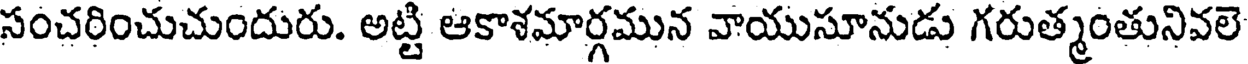
సంచరించుచుందురు. అట్టి ఆకాశమార్గమున వాయుసూనుడు గరుత్మంతునివలె